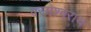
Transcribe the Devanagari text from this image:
परमेश्वराय